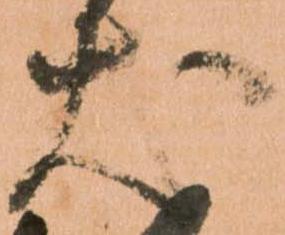
犬